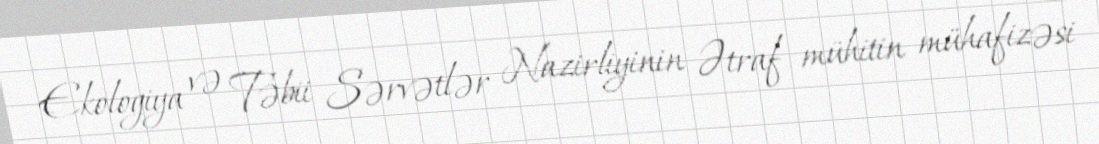
Ekologiya və Təbii Sərvətlər Nazirliyinin Ətraf mühitin mühafizəsi